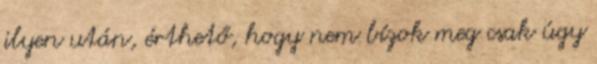
ilyen után, érthető, hogy nem bízok meg csak úgy